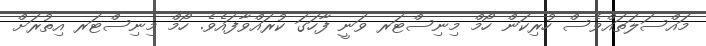
މައްސަލަތައްވެސް ހުރިކަން ހޯމް މިނިސްޓަރ ވަނީ ފާހަގަ ކުރައްވާފައެވެ. ހޯމް މިނިސްޓަރ އިތުރަށް